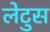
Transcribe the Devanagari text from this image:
लेटुस